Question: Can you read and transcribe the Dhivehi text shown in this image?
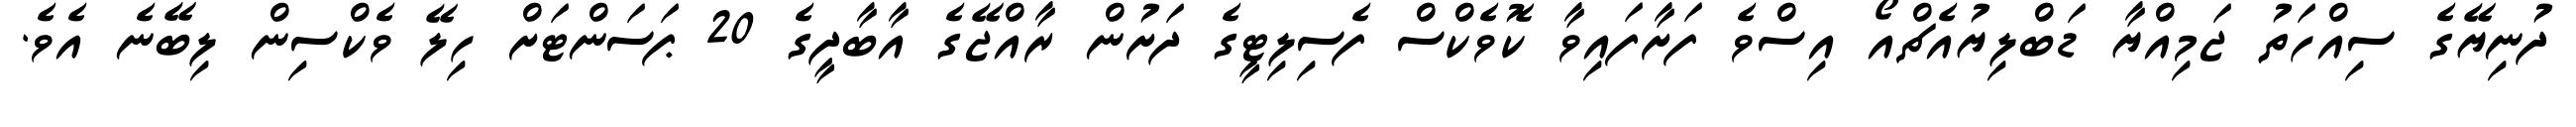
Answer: ދުނިޔޭގެ ސިއްހަތު ޖަމިއްޔާ ޑަބްލިޔުއެޗްއޯ އިސްވެ ފަށާފައިވާ ކޮވެކްސް ފެސިލިޓީގެ ދަށުން ރާއްޖޭގެ އާބާދީގެ 20 ޕަސަންޓަށް ހިލޭ ވެކްސިން ލިބޭނެ އެވެ.